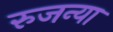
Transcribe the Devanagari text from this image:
रुजन्या